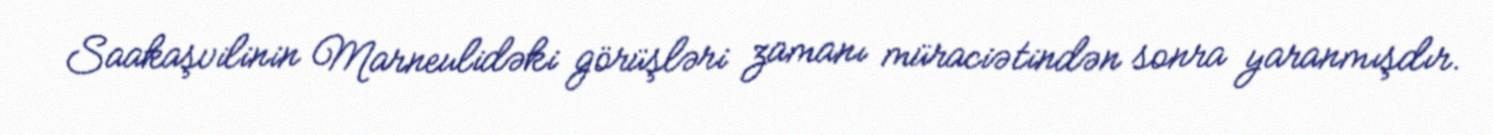
Saakaşvilinin Marneulidəki görüşləri zamanı müraciətindən sonra yaranmışdır.